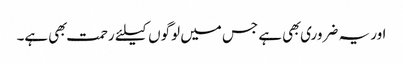
اور یہ ضروری بهی ہے جس میں لوگوں کیلئے رحمت بهی ہے۔